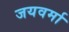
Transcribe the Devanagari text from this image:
जयवर्मा